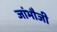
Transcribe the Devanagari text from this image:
जांभौजी